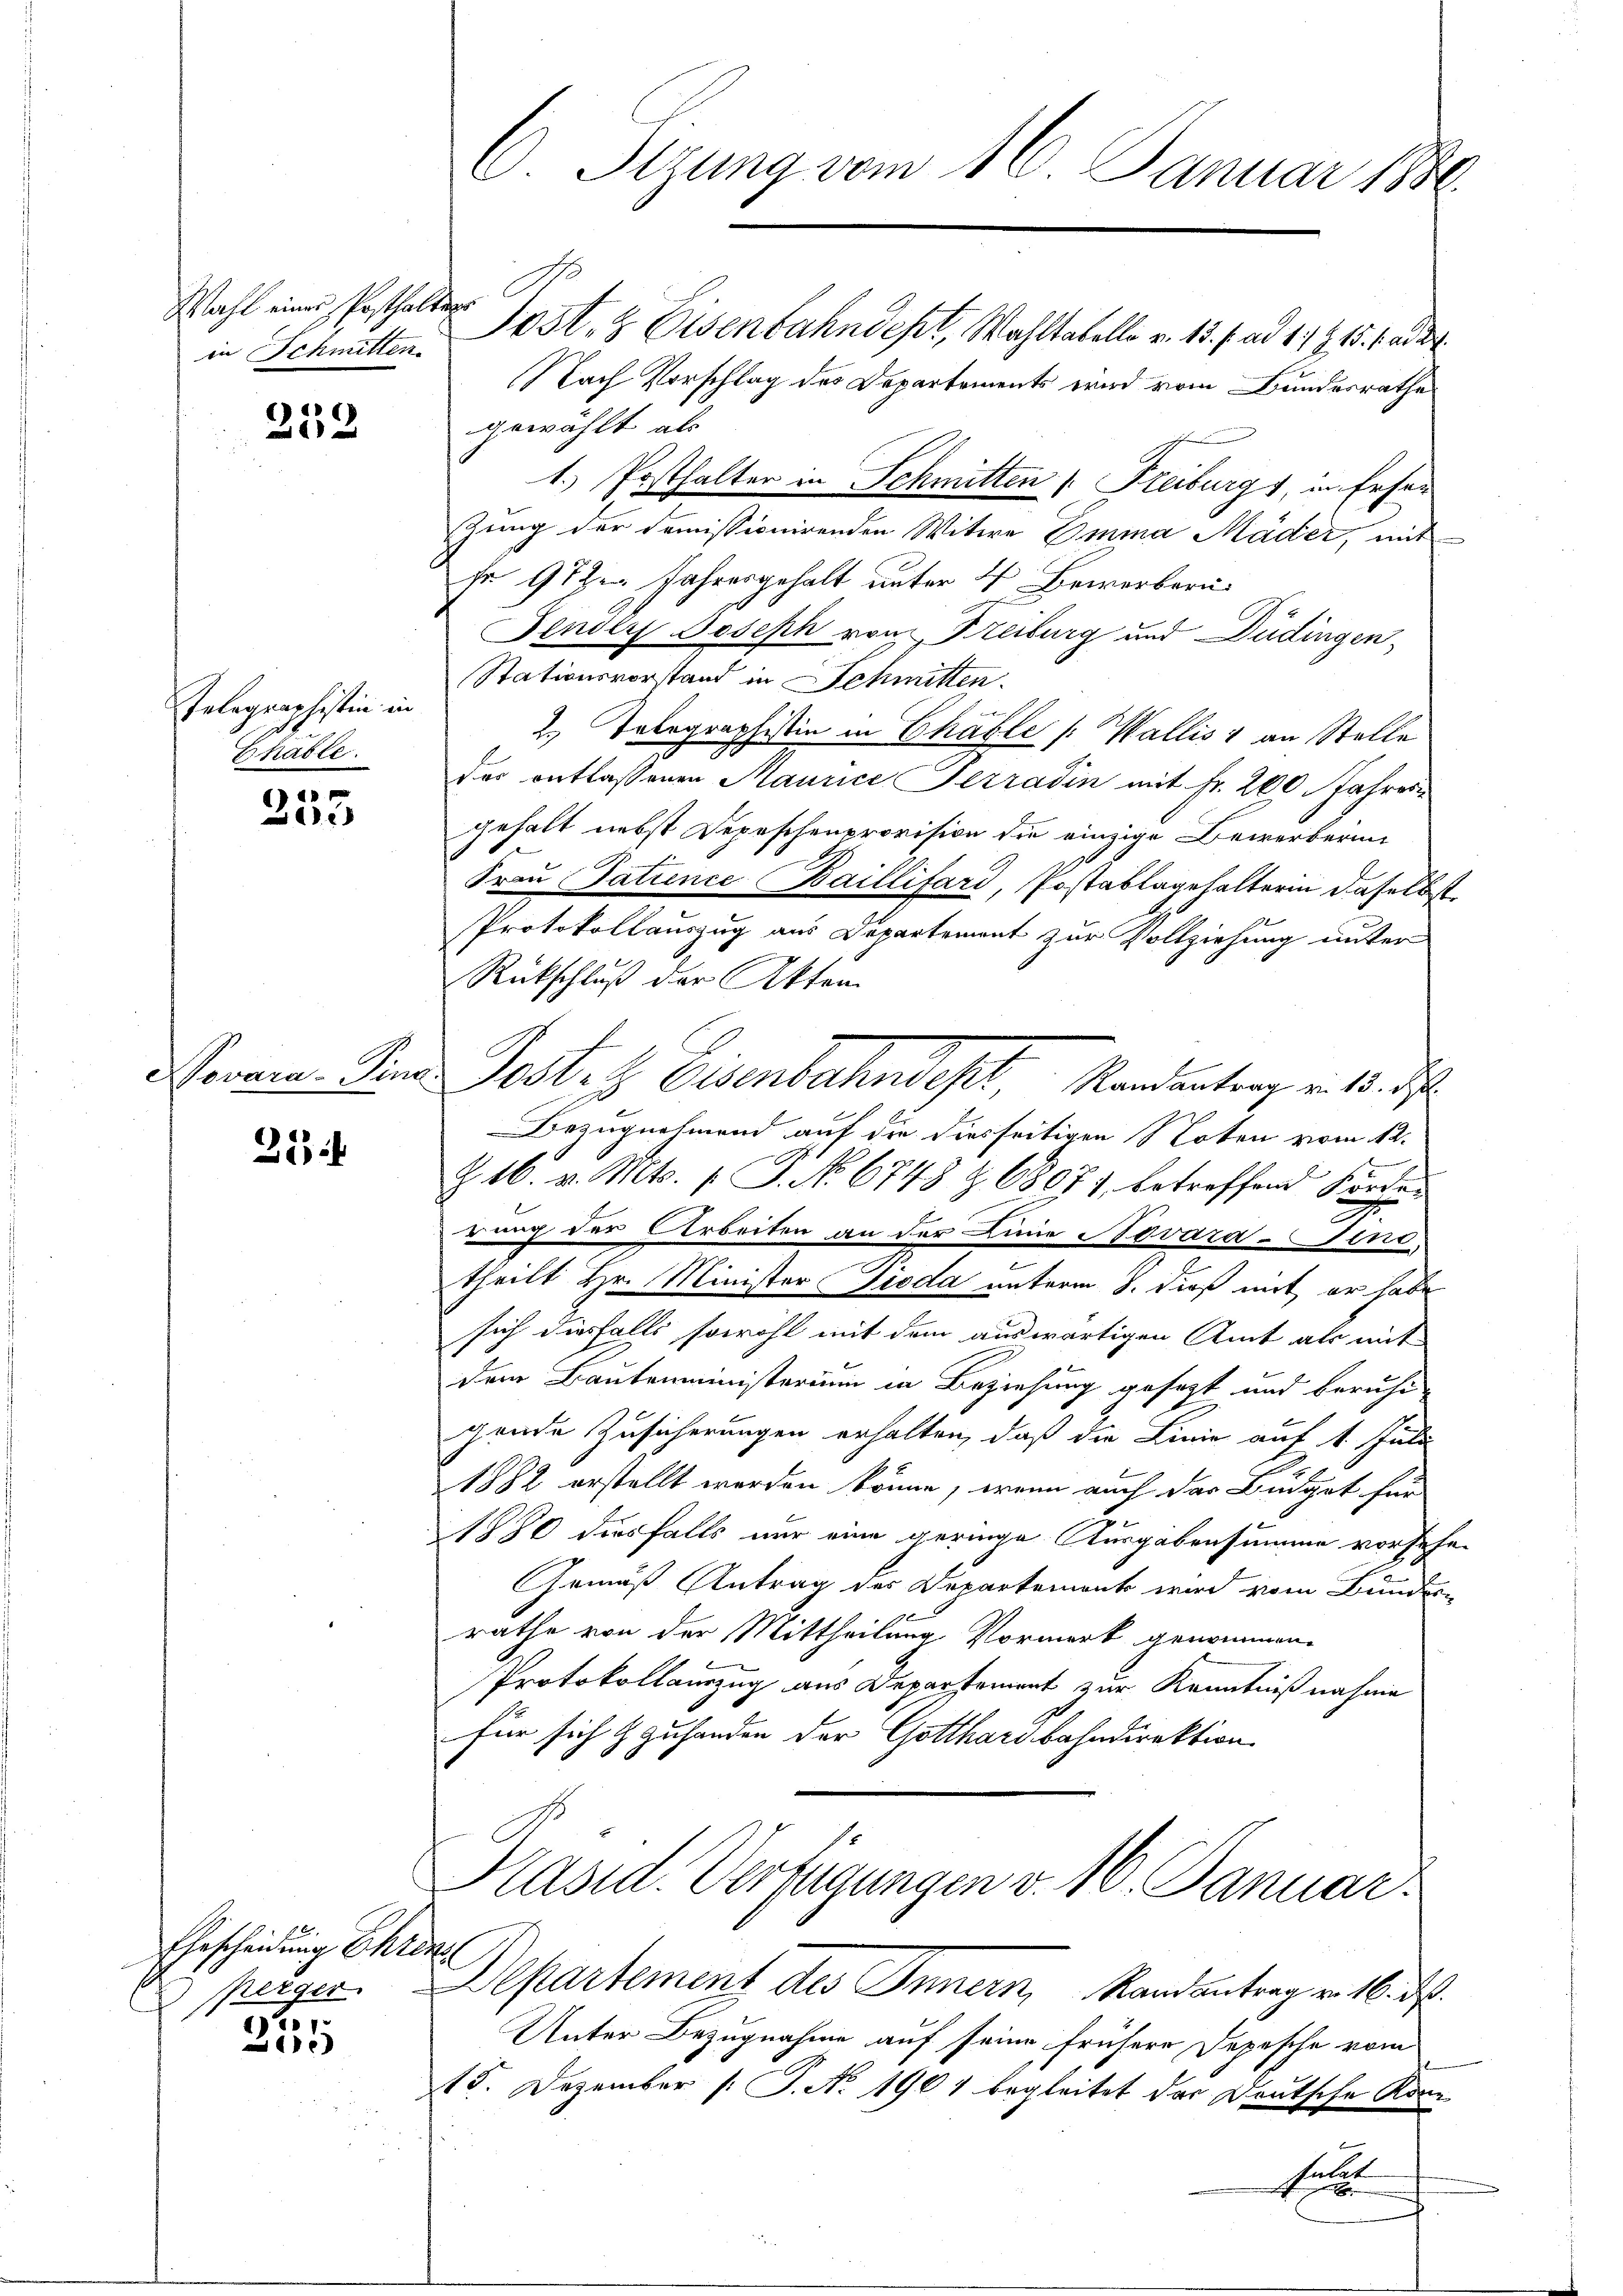
Wahl eines Posthalter
in Schmitten.

252

Telegraphistin in
8
Erhäble.

de
d

Novara-Fina

25

Ehescheidung Ehre.
)

L

C. Itzung vom 10. Januar 1886.

Post- & Eisenbahndept, Wahltatelle v. 15 f. ad 1791. bader
Nach Vorschlag des Departements wird vom Bundesrathe
gewählt als
1.) Posthalter in Schmitten (Freiburgs, in Erser
zung der demissionirenden Witwe Emma Mäder, mit
sr 97 den Jahresgehalt unter 4 Bewerberu¬
Fender Joseph von Freiburg und Düdingen¬
Stationsvorstand in Schmitten.
e
2. Telegraphistin in Chable /: Wallis 1 an Stelle
des entlassenen Maurice Serradin mit Fr. 200 Jahresi
gehalt nebst Depeschenprovision die einzige Bewerberin
Frau Patience Baillifard, Postablagehalterin daselbst
Protokollauszug aus Departement zur Vollziehung unter
Rückschluß der Akten
Posten Eisenbahndept, Randantrag v. 18. d.
Bezugnehmend auf die diesseitigen Noten vom 12.
xx
s
Z. 16. v. Mts. f. J. No. 6743 Z. 68071, betreffend Förder
rung der Arbeiten an der Linie Novara-Sen
e
theilt Hr. Minister Pioda unterm 8. dieß mit er habe
sich diesfalls sowohl mit dem auswärtigen Amt als mit
dem Bautenministerium in Beziehung gesezt und beruhi-
gende Zusicherungen erhalten, daß die Linie auf 1. Juli
1882 erstellt werden könne, wenn auch das Büdget für
850 diesfalls nur eine geringe Ausgabensumme vorsehen
Gemäß Antrag des Departement wird vom Bundern
rathe von der Mittheilung Vormerk genommen.
Protokollauszug aus Departement zur Kenntnißnahme
für sich & zuhanden der Gotthardbahndirektion
Präsid. Verfügungen v. 10. Januar
2
perger. Departement des Innern, Randantrag v. 16. d.
Unter Bezugnahme auf seine frühere Depesche vom
15. Dezember [: P. No 1901 begleitet der Deutsche Konstulat
e